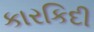
કારકિદી